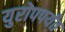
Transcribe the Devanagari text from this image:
युरोपपर्यंत